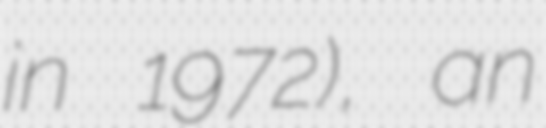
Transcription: in 1972), an